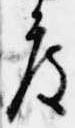
度